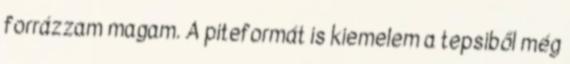
forrázzam magam. A piteformát is kiemelem a tepsiből még